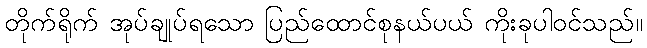
တိုက်ရိုက် အုပ်ချုပ်ရသော ပြည်ထောင်စုနယ်ပယ် ကိုးခုပါဝင်သည်။